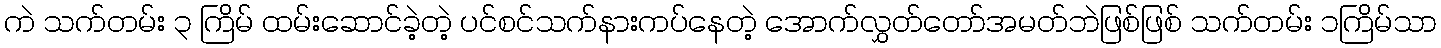
ကဲ သက်တမ်း ၃ ကြိမ် ထမ်းဆောင်ခဲ့တဲ့ ပင်စင်သက်နားကပ်နေတဲ့ အောက်လွှတ်တော်အမတ်ဘဲဖြစ်ဖြစ် သက်တမ်း ၁ကြိမ်သာ